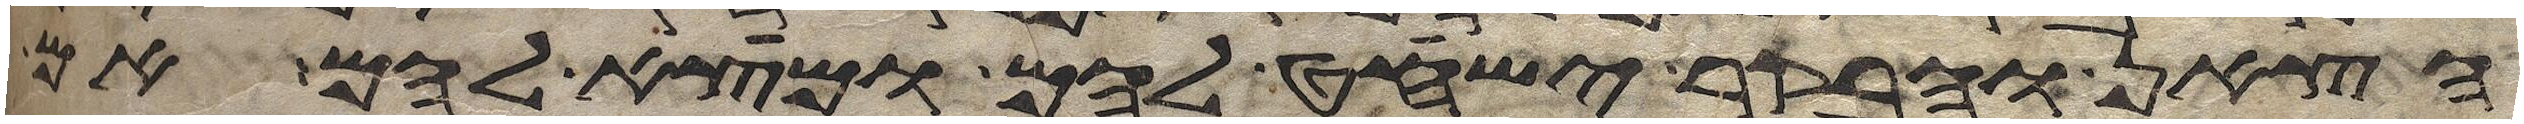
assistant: הצאן והבקר ישחט להם ומצא להם אם